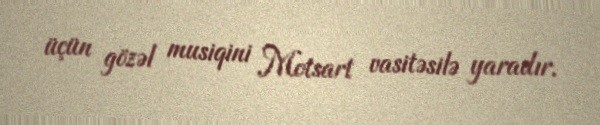
üçün gözəl musiqini Motsart vasitəsilə yaradır.